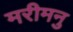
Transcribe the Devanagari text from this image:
मरीमनु